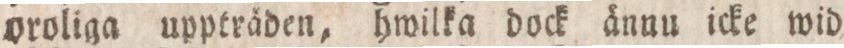
oroliga uppträden, hwilka dock ännu icke wid